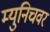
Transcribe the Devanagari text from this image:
म्युनिचवर